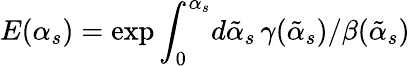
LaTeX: E(\alpha_{s})=\exp\int_{0}^{\alpha_{s}}\! d{\tilde{\alpha}_{s}}\, \gamma({\tilde{\alpha}_{s}})/\beta({\tilde{\alpha}_{s}})